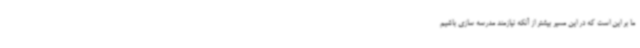
ما بر این است که در این مسیر بیشتر از آنکه نیازمند مدرسه سازی باشیم